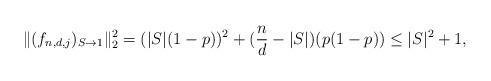
LaTeX: \begin{align*} \| (f_{n,d,j})_{S \rightarrow 1} \|_2^2 = (|S| (1-p))^2 + (\frac{n}{d} - |S|) (p(1-p)) \le |S|^2 + 1, \end{align*}